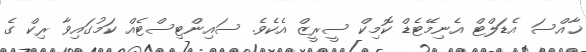
ޚާއްސަ އެޑަލްޓް އެނިމޭޓެޑް ކޮމިކް ސީރީޒް އެކެވެ. ސައިންޓިސްޓެއް ކަމުގައިވާ ރިކް ގެ